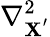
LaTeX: \nabla_{\mathbf{X}^{'}}^{2}